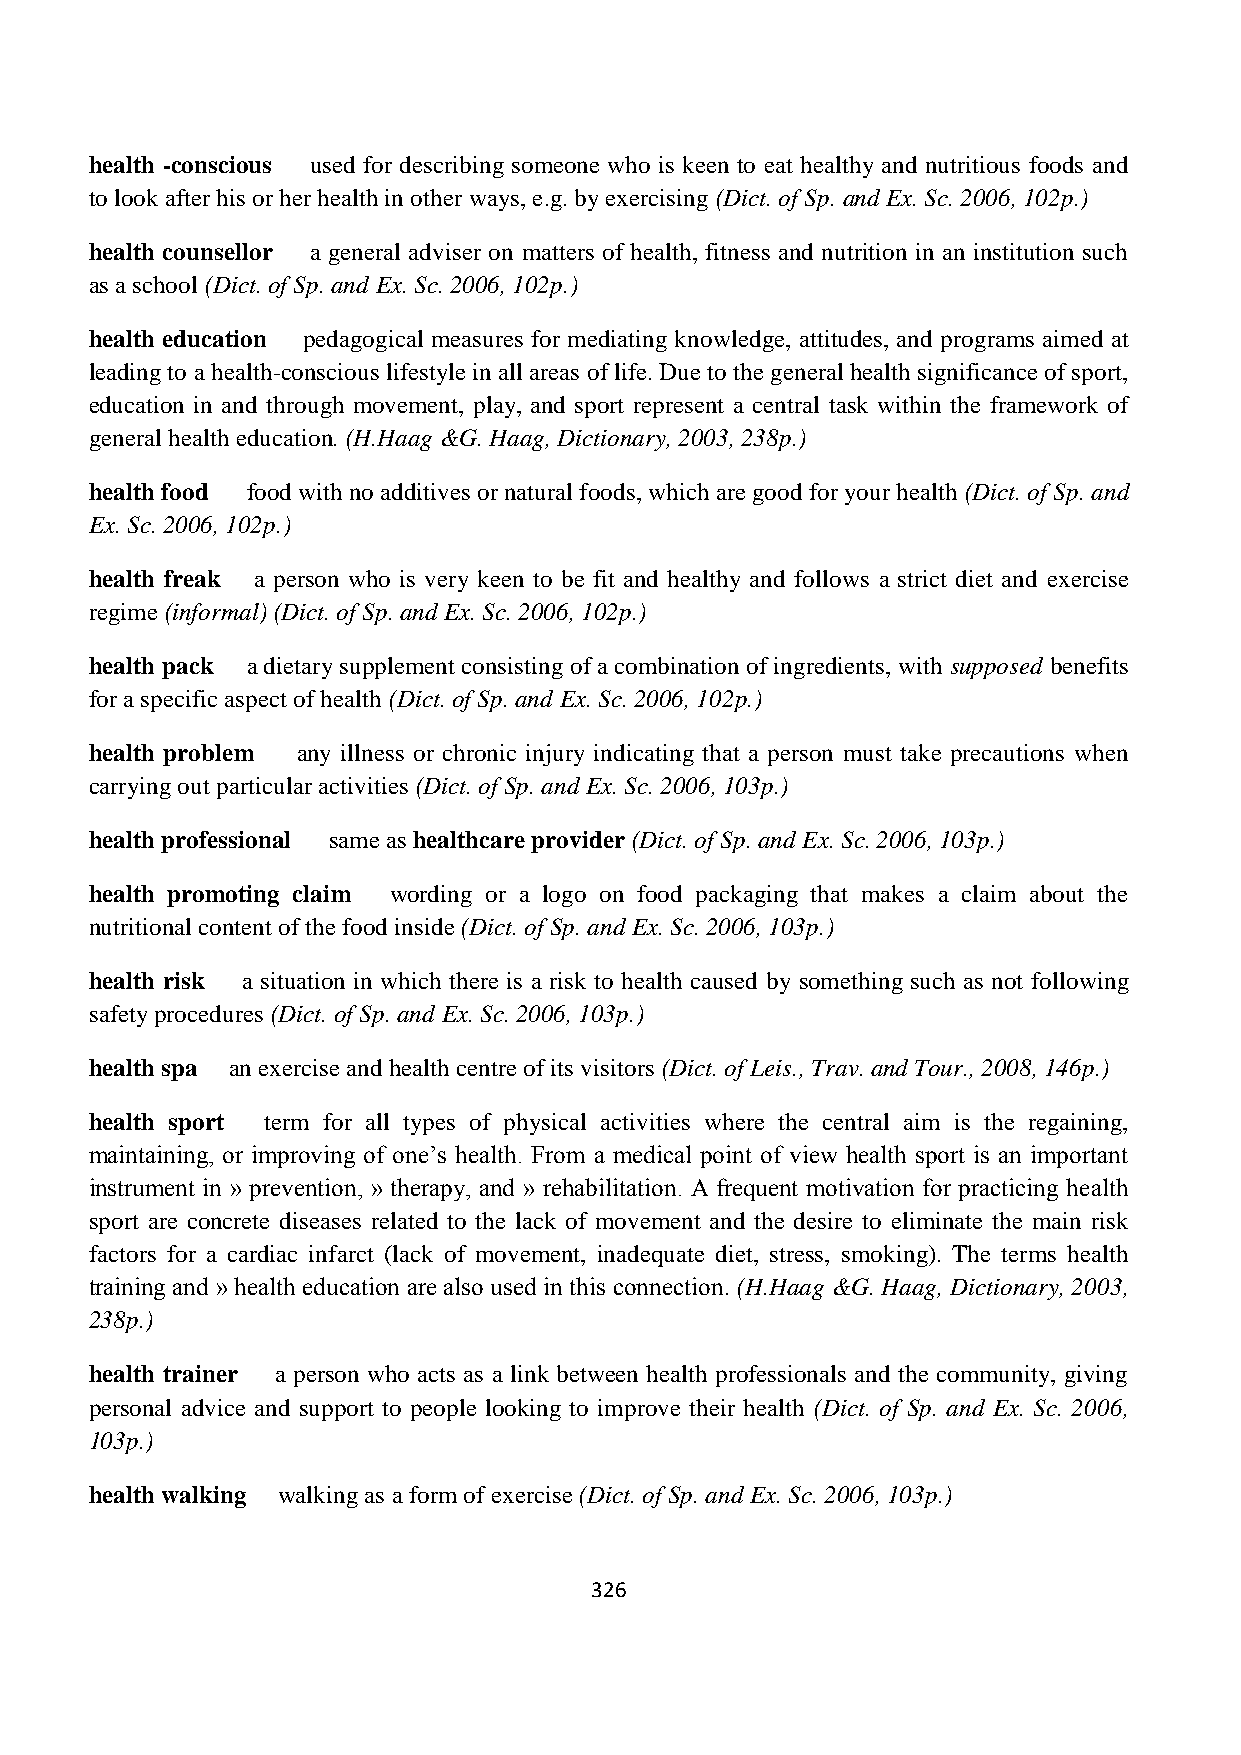
health -conscious used for describing someone who is keen to eat healthy and nutritious foods and
 to look after his or her health in other ways, e.g. by exercising (Dict. of Sp. and Ex. Sc. 2006, 102p.)
 health counsellor a general adviser on matters of health, fitness and nutrition in an institution such
 as a school (Dict. of Sp. and Ex. Sc. 2006, 102p.)
 health education pedagogical measures for mediating knowledge, attitudes, and programs aimed at
 leading to a health-conscious lifestyle in all areas of life. Due to the general health significance of sport,
 education in and through movement, play, and sport represent a central task within the framework of
 general health education. (H.Haag &G. Haag, Dictionary, 2003, 238p.)
 health food food with no additives or natural foods, which are good for your health (Dict. of Sp. and
 Ex. Sc. 2006, 102p.)
 health freak a person who is very keen to be fit and healthy and follows a strict diet and exercise
 regime (informal) (Dict. of Sp. and Ex. Sc. 2006, 102p.)
 health pack a dietary supplement consisting of a combination of ingredients, with supposed benefits
 for a specific aspect of health (Dict. of Sp. and Ex. Sc. 2006, 102p.)
 health problem any illness or chronic injury indicating that a person must take precautions when
 carrying out particular activities (Dict. of Sp. and Ex. Sc. 2006, 103p.)
 health professional same as healthcare provider (Dict. of Sp. and Ex. Sc. 2006, 103p.)
 health promoting claim wording or a logo on food packaging that makes a claim about the
 nutritional content of the food inside (Dict. of Sp. and Ex. Sc. 2006, 103p.)
 health risk a situation in which there is a risk to health caused by something such as not following
 safety procedures (Dict. of Sp. and Ex. Sc. 2006, 103p.)
 health spa an exercise and health centre of its visitors (Dict. of Leis., Trav. and Tour., 2008, 146p.)
 health sport term for all types of physical activities where the central aim is the regaining,
 maintaining, or improving of one‟s health. From a medical point of view health sport is an important
 instrument in » prevention, » therapy, and » rehabilitation. A frequent motivation for practicing health
 sport are concrete diseases related to the lack of movement and the desire to eliminate the main risk
 factors for a cardiac infarct (lack of movement, inadequate diet, stress, smoking). The terms health
 training and » health education are also used in this connection. (H.Haag &G. Haag, Dictionary, 2003,
 238p.)
 health trainer a person who acts as a link between health professionals and the community, giving
 personal advice and support to people looking to improve their health (Dict. of Sp. and Ex. Sc. 2006,
 103p.)
 health walking walking as a form of exercise (Dict. of Sp. and Ex. Sc. 2006, 103p.)
 326